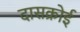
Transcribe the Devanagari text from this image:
दासक्रोई